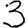
Digit: 3